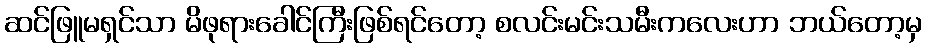
ဆင်ဖြူမရှင်သာ မိဖုရားခေါင်ကြီးဖြစ်ရင်တော့ စလင်းမင်းသမီးကလေးဟာ ဘယ်တော့မှ